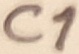
Text: C1